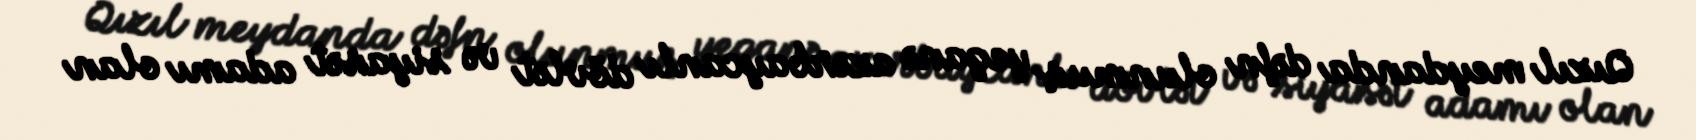
Qızıl meydanda dəfn olunmuş yeganə azərbaycanlı dövlət və siyasət adamı olan